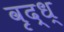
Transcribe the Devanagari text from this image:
वृद्ध्